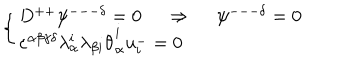
\left\{ \left\{ \begin{cases} { { D ^ { + + } \psi ^ { --- \delta } = 0 ~ ~ \Rightarrow ~ ~ \psi ^ { --- \delta } = 0 } } \\ { { \varepsilon ^ { \alpha \beta \gamma \delta } \lambda _ { \alpha } ^ { i } \lambda _ { \beta { i } } { \dot { \theta } } _ { \alpha } ^ { i } u _ { i } ^ { - } = 0 } } \\ \end{cases} \right. \right.